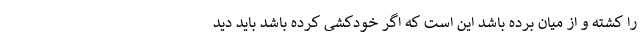
را کشته و از میان برده باشد این است که اگر خودکشی کرده باشد باید دید